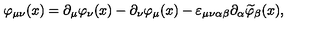
\varphi _ { \mu \nu } ( x ) = \partial _ { \mu } \varphi _ { \nu } ( x ) - \partial _ { \nu } \varphi _ { \mu } ( x ) - \varepsilon _ { \mu \nu \alpha \beta } \partial _ { \alpha } \widetilde { \varphi } _ { \beta } ( x ) ,